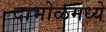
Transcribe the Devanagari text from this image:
दाभोळमध्ये